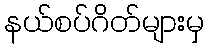
နယ်စပ်ဂိတ်များမှ